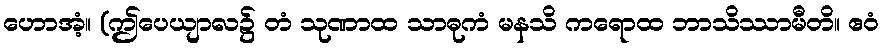
ဟောအံ့။ (ဤပေယျာလ၌ တံ သုဏာထ သာဓုကံ မနသိ ကရောထ ဘာသိဿာမီတိ။ ဧဝံ